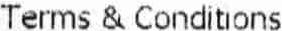
TERMS & CONDITIONS